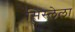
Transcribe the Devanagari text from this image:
सिस्लेला